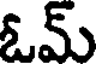
ఓమ్